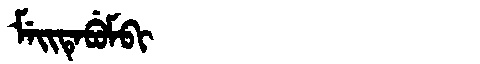
Manchu: ᠮᡝᡳᡨᡝᠪᡠᠮᠪᡳ
Romanization: MEITEBUMBI